Vaccination in Bombay 1874-1876 - 1874-1876
Year: 1874
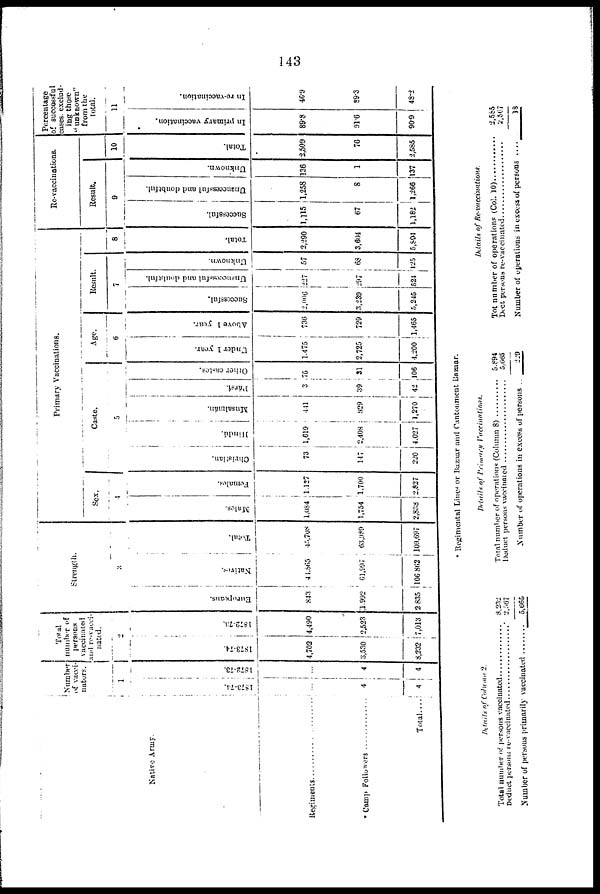
143
Native Army.
Regiments .....................
* Camp Followers ................
Total ....
Number
of vacci-
nators.
1
1873-74.
...
4
4
1872-73.
...
4
4
Total
number of
persons
vaccinated
and re-vacci-
nated.
2
1873-74.
4,702
3,530
8,232
1872-73.
4,490
2,523
7,013
Strength.
3
Europeans.
843
1,992
2,835
Natives.
41,865
61,997
106,862
Total.
45,708
63,989
109,697
Primary Vaccinations.
Sex.
4
Males.
1,084
1,754
2,838
Females.
1,127
1,700
2,827
Caste.
5
Christian.
73
147
220
Hindú.
1,619
2,408
4,027
Musalmán.
441
829
1,270
Pársí.
3
39
42
Other castes.
75
31
106
Age.
6
Under 1 year.
1,475
2,725
4,200
Above 1 year.
736
729
1,465
Result.
7
Successful.
2,006
3,239
5,245
Unsuccessful and doubtful.
227
297
524
Unknown.
57
68
125
8
Total.
2,290
3,604
5,894
Re-vaccinations.
Result.
9
Successful.
1,115
67
1,182
Unsuccessful and doubtful.
1,258
8
1,266
Unknown.
136
1
137
10
Total.
2,509
76
2,585
Percentage
of successful
cases. exclud-
ing those
" unknown"
from the
total.
11
In primary vaccination.
89.8
91.6
90.9
In re-vaccination.
46.9
89.3
48.2
* Regimental Lines or Bazaar and Cantonment Bazaar.
Details of column 2.
Total number of persons vaccinated
Deduct persons re-vaccinated
Number of persons primarily vaccinated ..........
8,232
2,567
5,665
Details of Primary
Vaccinations.
Total number of operations (Column 8) ............
Deduct persons vaccinated .........
Number of operations in excess of persons ..
5,894
5,665
229
Details of Re-vaccinations.
Tot number of operations (Col.10) .............
Dect persons re-vaccinated ..................
Number of operations in excess of persons ....
2,585
2,567
13